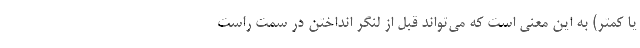
یا کمتر) به این معنی است که می‌تواند قبل از لنگر انداختن در سمت راست